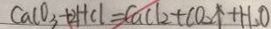
C a C O _ { 3 } + 2 H C l = C a C l _ { 2 } + C O _ { 2 } \uparrow + H _ { 2 } O